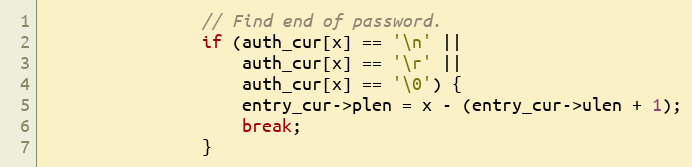
Language: C
                // Find end of password.
                if (auth_cur[x] == '\n' ||
                    auth_cur[x] == '\r' ||
                    auth_cur[x] == '\0') {
                    entry_cur->plen = x - (entry_cur->ulen + 1);
                    break;
                }